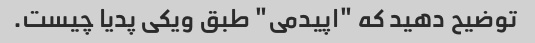
توضیح دهید که "اپیدمی" طبق ویکی پدیا چیست.